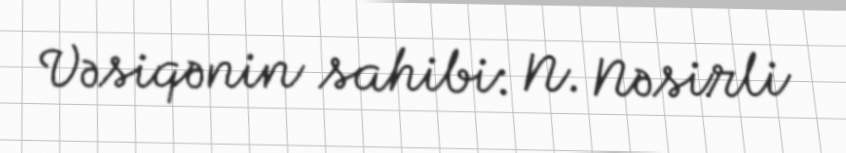
Vəsiqənin sahibi: N. Nəsirli